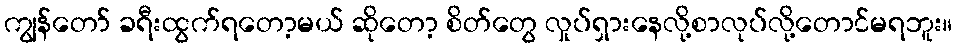
ကျွန်တော် ခရီးထွက်ရတော့မယ် ဆိုတော့ စိတ်တွေ လှုပ်ရှားနေလို့စာလုပ်လို့တောင်မရဘူး။